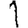
Digit: 1